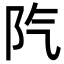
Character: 𨸛